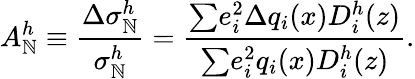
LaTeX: A_{\mathbb{N}}^{h}\equiv\frac{{{\Delta}{\sigma}_{\mathbb{N}}^{h}}}{{{\sigma}_{\mathbb{N}}^{h}}}=\frac{{{\sum}e_{i}^{2}{{\Delta}q_{i}(x)}D_{i}^{h}(z)}}{{{\sum}e_{i}^{2}q_{i}(x)D_{i}^{h}(z)}}.